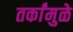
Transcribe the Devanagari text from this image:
तर्कांमुळे